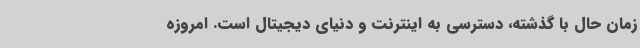
زمان حال با گذشته، دسترسی به اینترنت و دنیای دیجیتال است. امروزه